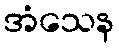
အံသေန